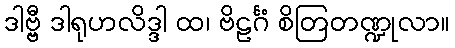
ဒါဗ္ဗီ ဒါရုဟလိဒ္ဒါ ထ၊ ဗိဠင်္ဂံ စိတြတဏ္ဍုလာ။